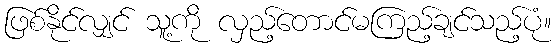
ဖြစ်နိုင်လျှင် သူ့ကို လှည့်တောင်မကြည့်ချင်သည့်ပုံ။